Plague in India, 1896, 1897 - Volume 3
Year: 1896
Disease focus: Plague
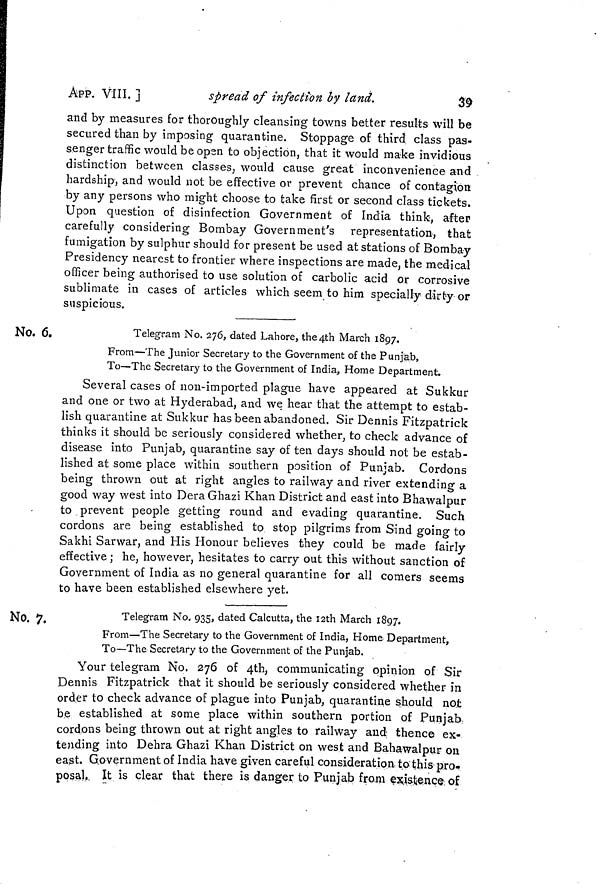
APP. VIII. ]
spread of infection by land.
39
and by measures for thoroughly cleansing towns better results will be
secured than by imposing quarantine. Stoppage of third class pas-
senger traffic would be open to objection, that it would make invidious
distinction between classes, would cause great inconvenience and
hardship, and would not be effective or prevent chance of contagion
by any persons who might choose to take first or second class tickets.
Upon question of disinfection Government of India think, after
carefully considering Bombay Government's representation, that
fumigation by sulphur should for present be used at stations of Bombay
Presidency nearest to frontier where inspections are made, the medical
officer being authorised to use solution of carbolic acid or corrosive
sublimate in cases of articles which seem to him specially dirty or
suspicious.
No. 6.
Telegram No. 276, dated Lahore, the 4th March 1897.
From—The Junior Secretary to the Government of the Punjab,
To—The Secretary to the Government of India, Home Department.
Several cases of non-imported plague have appeared at Sukkur
and one or two at Hyderabad, and we hear that the attempt to estab-
lish quarantine at Sukkur has been abandoned. Sir Dennis Fitzpatrick
thinks it should be seriously considered whether, to check advance of
disease into Punjab, quarantine say of ten days should not be estab-
lished at some place within southern position of Punjab. Cordons
being thrown out at right angles to railway and river extending a
good way west into Dera Ghazi Khan District and east into Bhawalpur
to prevent people getting round and evading quarantine. Such
cordons are being established to stop pilgrims from Sind going to
Sakhi Sarwar, and His Honour believes they could be made fairly
effective ; he, however, hesitates to carry out this without sanction of
Government of India as no general quarantine for all comers seems
to have been established elsewhere yet.
Telegram No. 935, dated Calcutta, the 12th March 1897.
From—The Secretary to the Government of India, Home Department,
To—The Secretary to the Government of the Punjab.
Your telegram No. 276 of 4th, communicating opinion of Sir
Dennis Fitzpatrick that it should be seriously considered whether in
order to check advance of plague into Punjab, quarantine should not
be established at some place within southern portion of Punjab,
cordons being thrown out at right angles to railway and thence ex-
tending into Dehra Ghazi Khan District on west and Baha-walpur on
east. Government of India have given careful consideration to this pro-
posal. It is clear that there is danger to Punjab from existence of